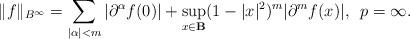
LaTeX: \begin{align*}\|f\|_{B^{\infty}}=\sum_{|\alpha|<m}|\partial^{\alpha}f(0)|+\sup_{x\in \mathbf{B}}(1-|x|^{2})^{m}|\partial^{m}f(x)|,\enspace p=\infty.\end{align*}